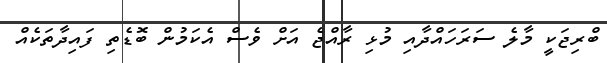
ބްރިޖަކީ މާލެ ސަަރަހައްދާއި މުޅި ރާއްޖެ އަށް ވެސް އެކަމުން ބޮޑެތި ފައިދާތަކެއް